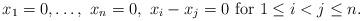
LaTeX: \begin{align*}x_1=0,\dotsc,\ x_n=0,\ x_i-x_j=0\textrm{ for }1\leq i<j\leq n.\end{align*}